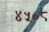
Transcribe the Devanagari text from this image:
४५०८